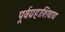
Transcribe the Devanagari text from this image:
पूर्वग्रहाशिवाय